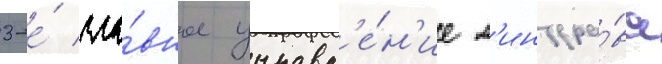
3-е́ гла́вное управл'е́н'ие м'инздра́ва